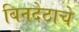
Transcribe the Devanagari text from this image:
बिनदेठाचे